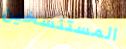
المستنسخين